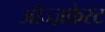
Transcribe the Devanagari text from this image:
ओज्ज़फेस्ट